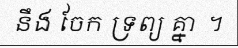
នឹង ចែក ទ្រព្យ គ្នា  ។